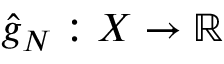
{ \hat { g } } _ { N } : X \rightarrow \mathbb { R }